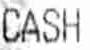
CASH